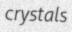
crystals